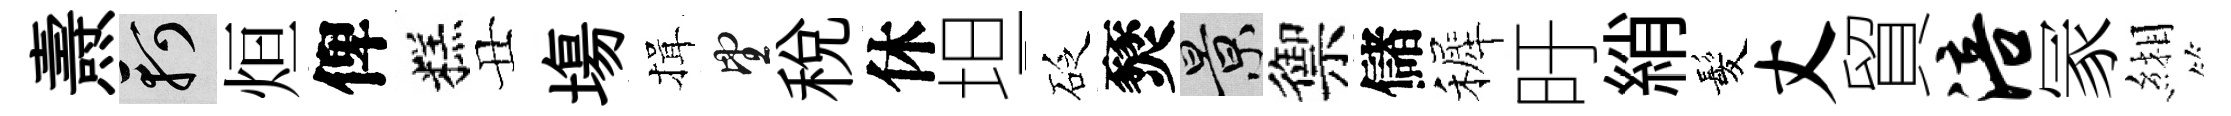
燾軻烜俾糕丑塲揖望稅休坦砭燹景禦儲裤旴綃髪丈貿涪冡緗